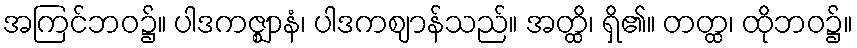
အကြင်ဘဝ၌။ ပါဒကဇ္ဈာနံ၊ ပါဒကဈာန်သည်။ အတ္ထိ၊ ရှိ၏။ တတ္ထ၊ ထိုဘဝ၌။